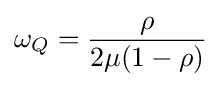
\omega _{Q}={\frac {\rho }{2\mu (1-\rho )}}